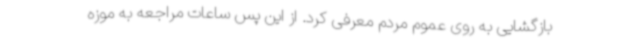
بازگشایی به روی عموم مردم معرفی کرد. از این پس ساعات مراجعه به موزه